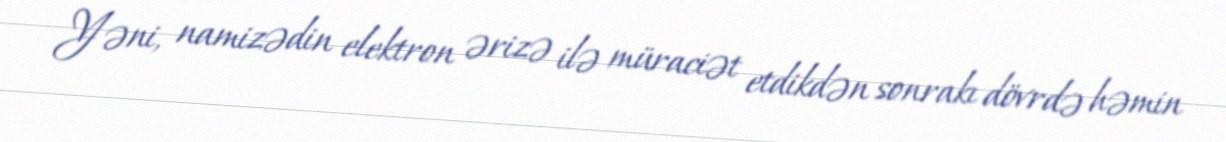
Yəni, namizədin elektron ərizə ilə müraciət etdikdən sonrakı dövrdə həmin